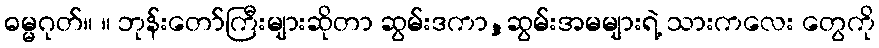
ဓမ္မဂုတ်။ ။ ဘုန်းတော်ကြီးများဆိုတာ ဆွမ်းဒကာ,ဆွမ်းအမများရဲ့ သားကလေး တွေကို